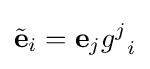
{\tilde {\mathbf {e} }}_{i}=\mathbf {e} _{j}{g^{j}}_{i}